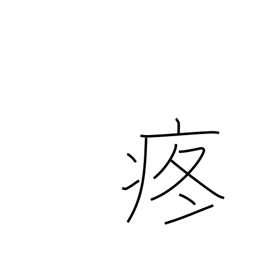
Meaning: pain